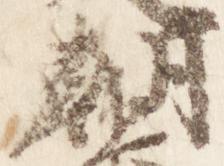
朝